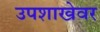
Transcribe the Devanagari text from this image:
उपशाखेवर